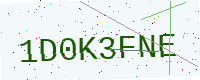
Text: 1D0K3FNE